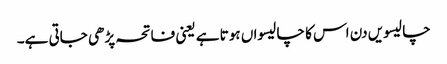
چالیسویں دن اس کا چالیسواں ہوتا ہے یعنی فاتحہ پڑھی جاتی ہے۔